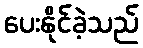
ပေးနိုင်ခဲ့သည်